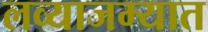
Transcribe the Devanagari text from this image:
लव्याजम्यात